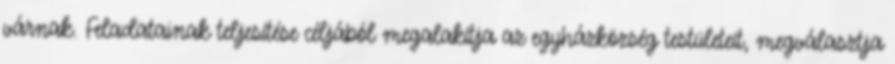
várnak. Feladatainak teljesítése céljából megalakítja az egyházközség testületeit, megválasztja